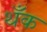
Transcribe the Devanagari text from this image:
थँक